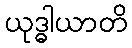
ယုဒ္ဓါယာတိ